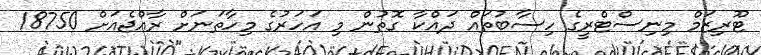
ޓޫރިޒަމް މިނިސްޓްރީގެ ހިސާބުތައް ދައްކާ ގޮތުން މި އަހަރުގެ މިހާތަނަށް ރާއްޖެއަށް 18750